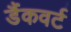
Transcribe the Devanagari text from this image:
डैंकवर्ट